Civil Veterinary Dept. Assam report 1927-50 - 1927-1950
Year: 1927
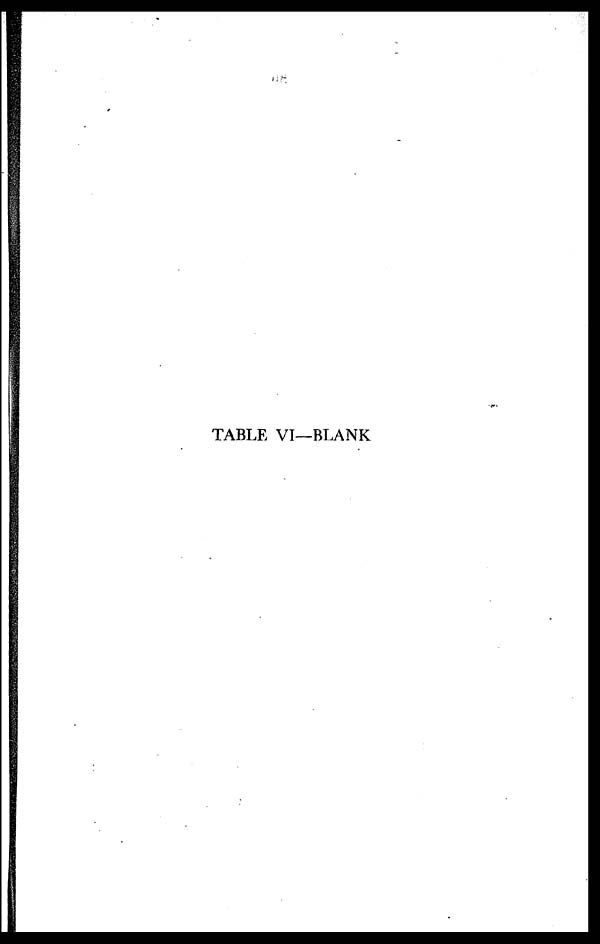
TABLE VI—BLANK